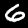
Digit: 6